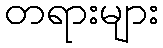
တရားများ